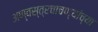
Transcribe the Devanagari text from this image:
अण्वस्त्रचाचण्यांच्या